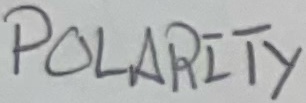
Text: POLARITY